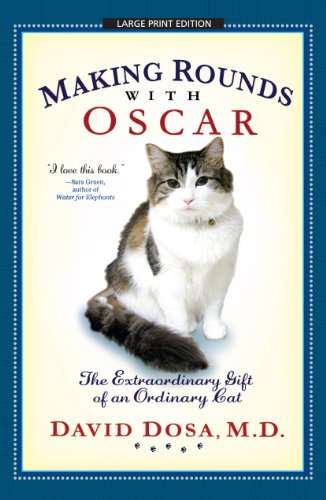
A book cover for Making Rounds With Oscar; M.D.  David Dosa; Crafts, Hobbies & Home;